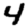
Digit: 4